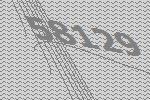
58129